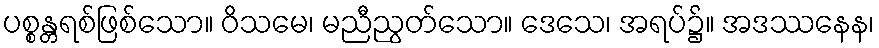
ပစ္စန္တရစ်ဖြစ်သော။ ဝိသမေ၊ မညီညွတ်သော။ ဒေသေ၊ အရပ်၌။ အဒဿနေန၊